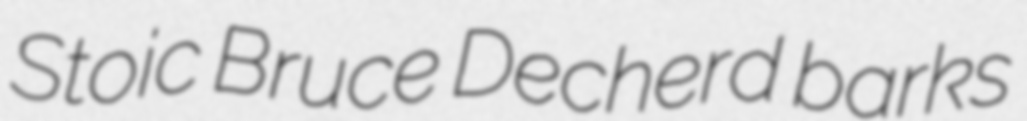
Stoic Bruce Decherd barks